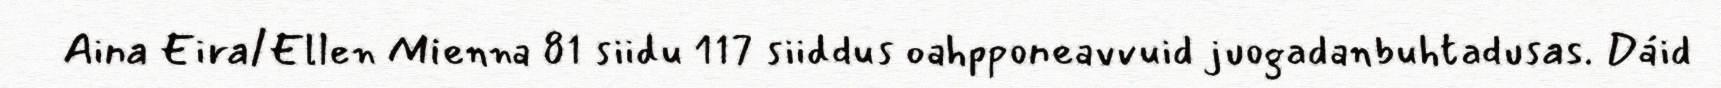
Aina Eira/Ellen Mienna 81 siidu 117 siiddus oahpponeavvuid juogadanbuhtadusas. Dáid